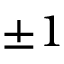
\pm 1